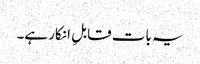
یہ بات قابلِ انکار ہے۔